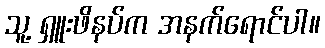
သူ့ ရှူးဖိနပ်က အနက်ရောင်ပါ။